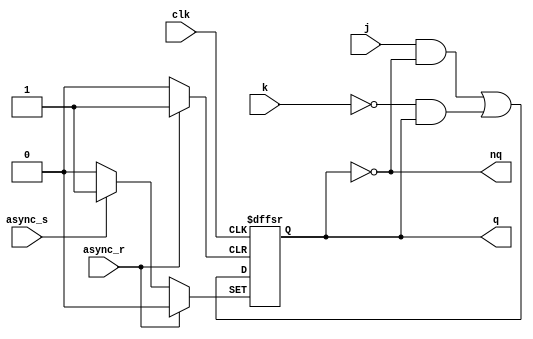
module JK (
    input clk,//,
    input j,k,
    input async_s,async_r,//,async_s
    output reg q,
    output nq
);
    assign nq = ~q;
    always @(negedge clk or posedge async_s or posedge async_r) begin
        if(async_s)q<=1'b1;
        else if(async_r)q<=1'b0;
        else q <= (j&~q) | (~k&q);
    end
endmodule

module MRegister (
    input clk,rst_n,//,
    input I,//
    output reg [7:0] q,//
    output O//
);
    assign O = q[7];
    always @(posedge clk) begin
        if (!rst_n) q <= {8{1'b0}};
        else begin
            q <= {q[6:0],I};
        end
    end
endmodule